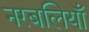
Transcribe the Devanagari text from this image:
नरबलियाँ